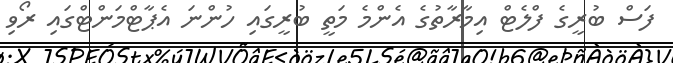
ފަސް ބުރީގެ ފްލެޓް އިމާރާތުގެ އެންމެ މަތީ ބުރީގައި ހުންނަ އެޕާޓްމަންޓްގައި ރޯވި